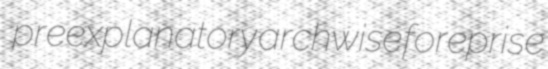
preexplanatory archwise foreprise